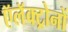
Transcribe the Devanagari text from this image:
ऍलॅक्ट्रोनों